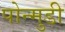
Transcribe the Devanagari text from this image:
पोन्मुडी